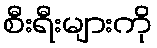
စီးရီးများကို